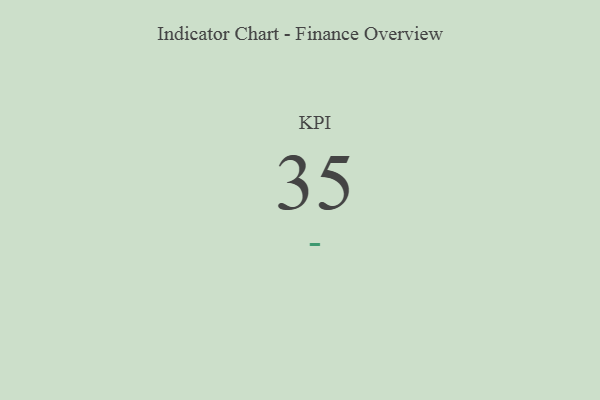
{"axis": {"x": "KPI", "y": "Value"}, "legend": [""], "data": [{"x": "KPI", "y": 35, "type": ""}]}